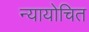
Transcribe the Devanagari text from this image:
न्‍यायोचित